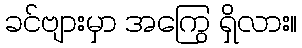
ခင်ဗျားမှာ အကြွေ ရှိလား။